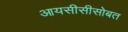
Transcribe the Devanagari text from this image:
आयसीसीसोबत